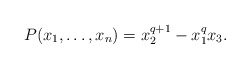
\begin{align*}P(x_1, \ldots, x_n)=x_2^{q+1}-x_1^qx_3.\end{align*}